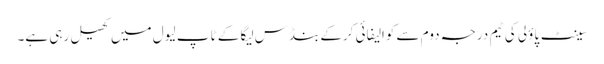
سینٹ پاؤلی کی ٹیم درجہ دوم سے کوالیفائی کرکے بنڈس لیگا کے ٹاپ لیول میں کھیل رہی ہے۔